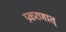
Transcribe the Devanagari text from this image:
प्रकरणात्‌